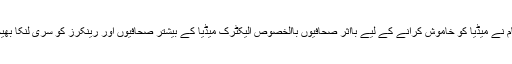
بورڈ حکام نے میڈیا کو خاموش کرانے کے لیے بااثر صحافیوں باالخصوص الیکٹرک میڈیا کے بیشتر صحافیوں اور رینکرز کو سری لنکا بھیجوایا ہے۔